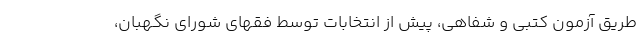
طریق آزمون کتبی و شفاهی، پیش از انتخابات توسط فقهای شورای نگهبان،